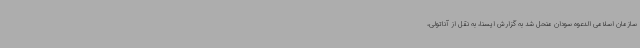
سازمان اسلامی الدعوه سودان منحل شد به گزارش ایسنا، به نقل از آناتولی،